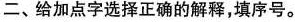
二、给加点字选择正确的解释，填序号。